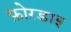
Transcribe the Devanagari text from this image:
फ़ोरडाइ